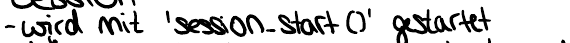
- wird mit 'session_start()' gestartet